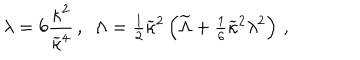
\lambda = 6 { \frac { \kappa ^ { 2 } } { \widetilde \kappa ^ { 4 } } } \, , ~ ~ \Lambda = { \textstyle { \frac { 1 } { 2 } } } \widetilde \kappa ^ { 2 } \left( \widetilde { \Lambda } + { \textstyle { \frac { 1 } { 6 } } } \widetilde \kappa ^ { 2 } \lambda ^ { 2 } \right) \, ,